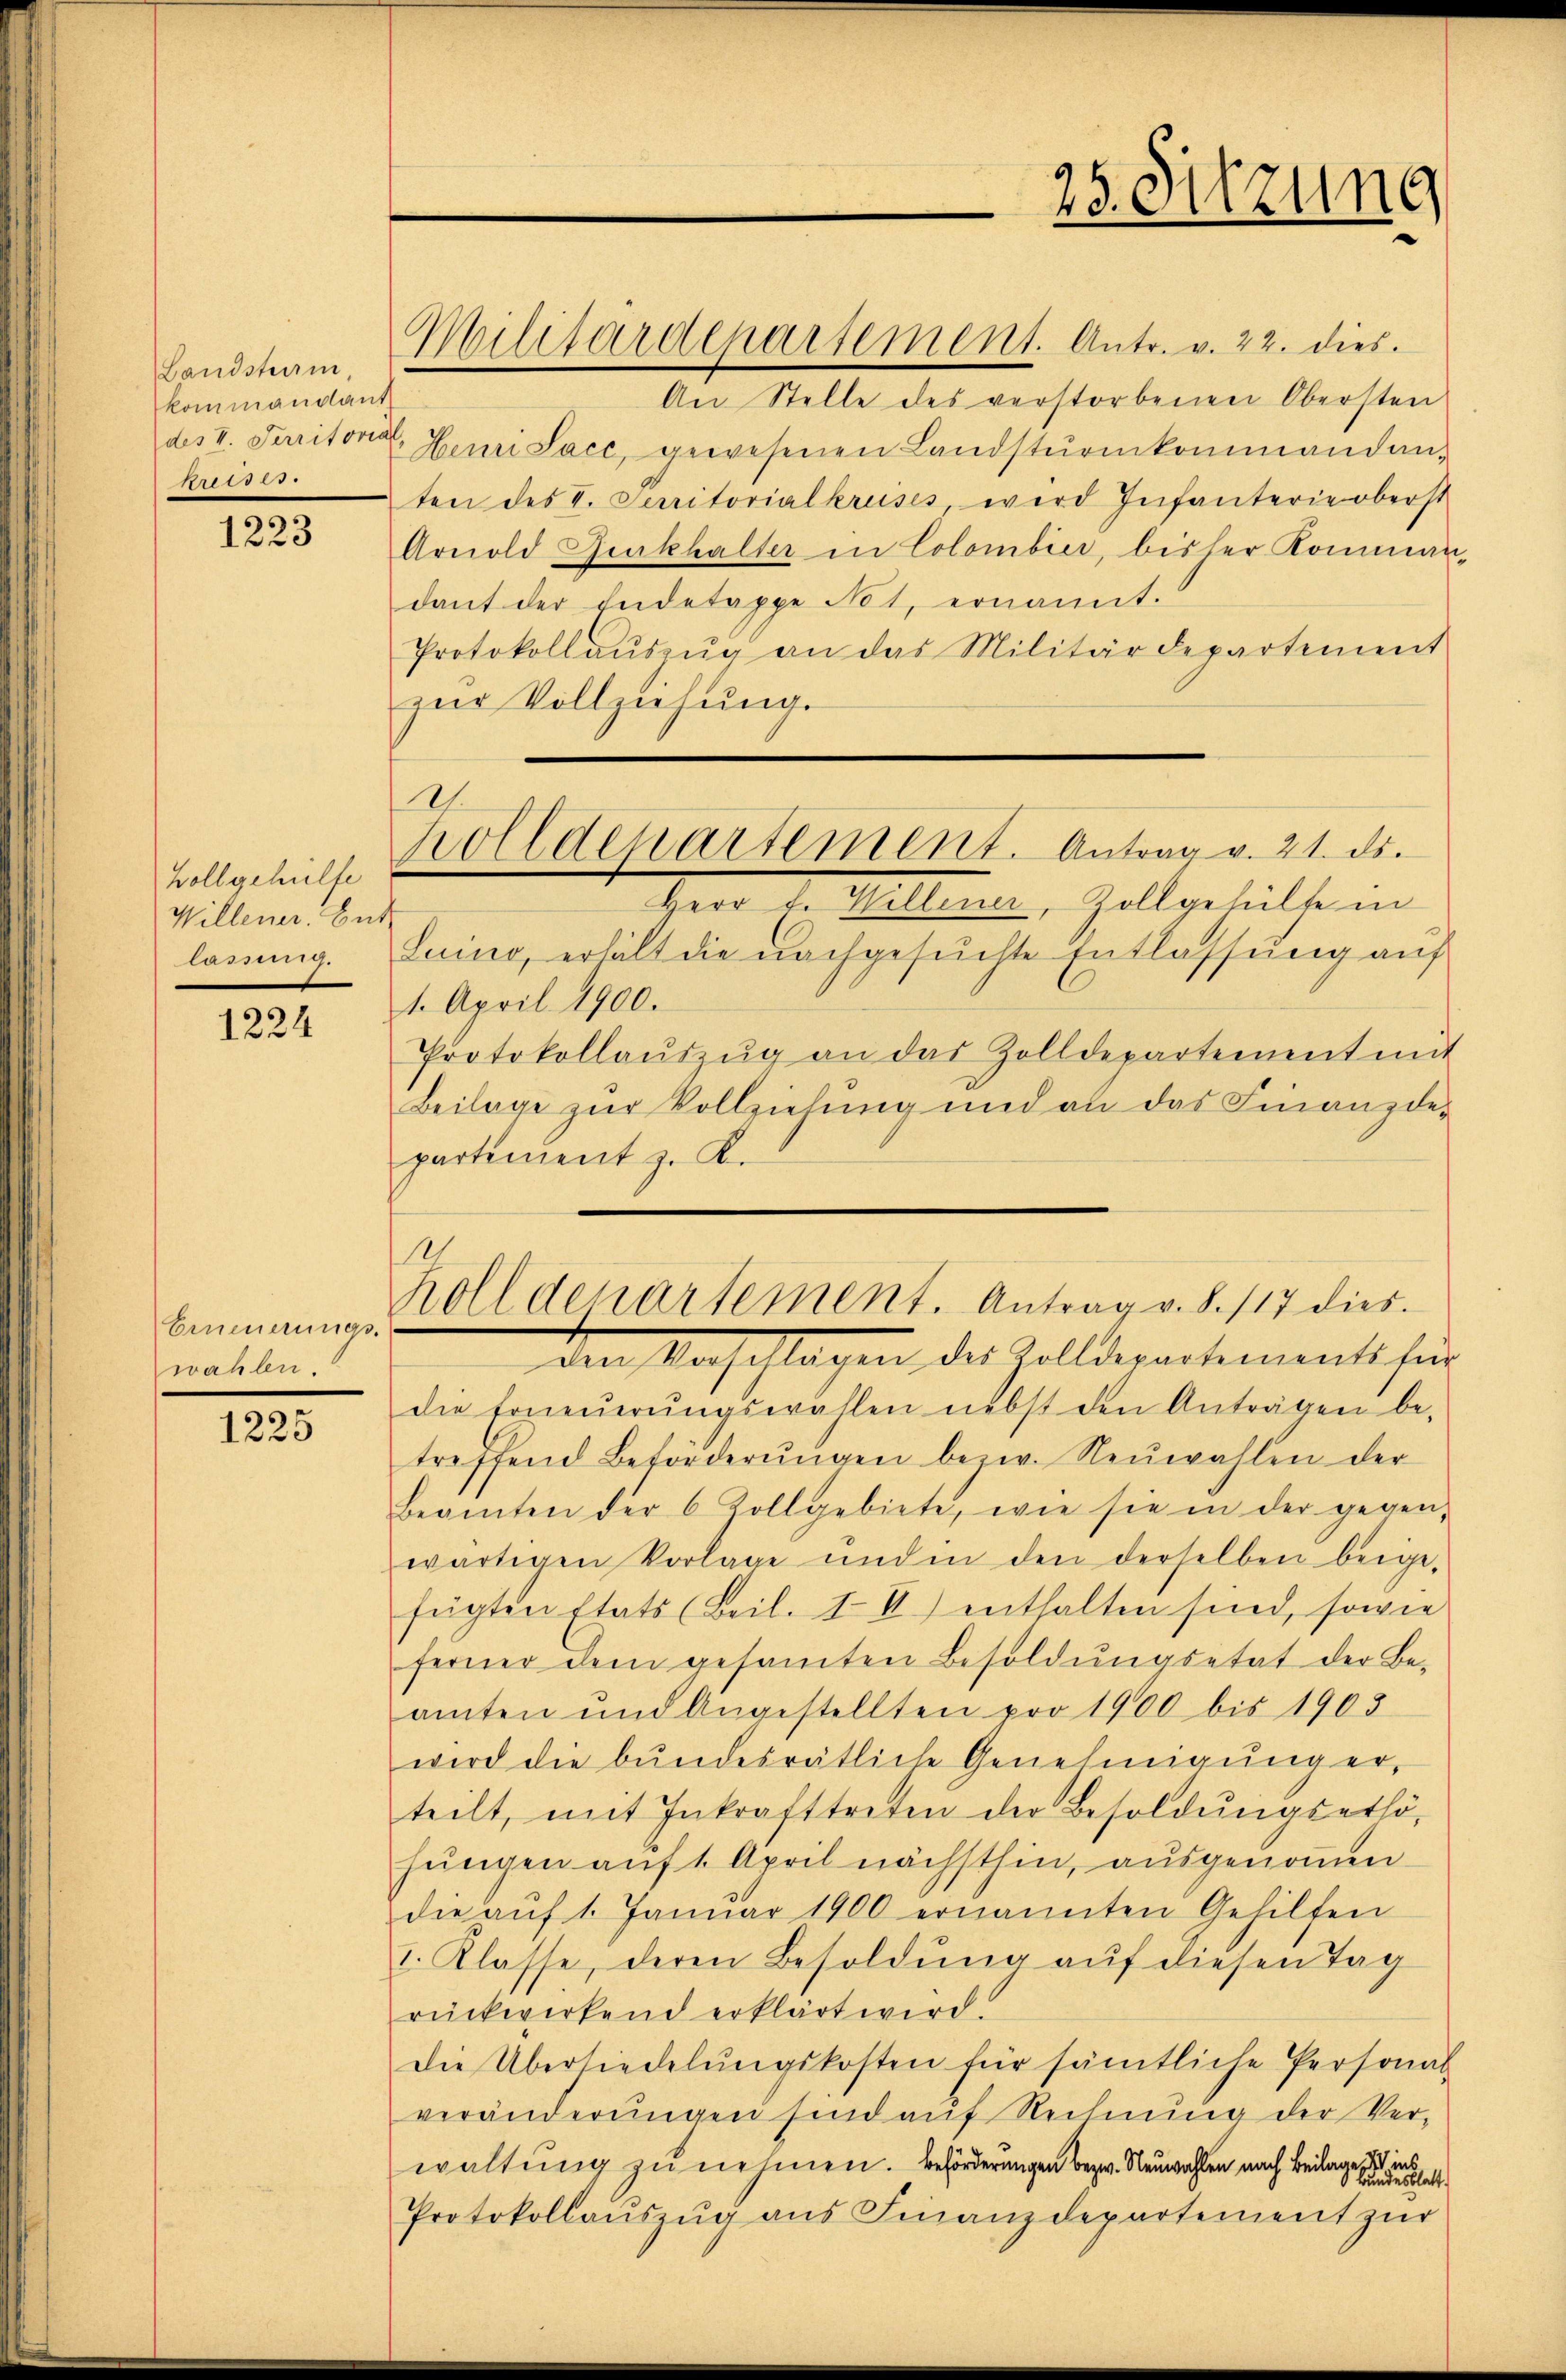
Landsturm,
kommandant
 277 f

1223

Wollgehülte
Willener. Gut
57.

1224

Erneuerungs-
wahlen.

1225

Militärdepartement. Antr. v. 22. dies

An Stelle des verstorbenen Obersten
des II. Peritoria Hemi Sacc, gewesenen Landsturmkommandan-
ten des I. Serritorialkrusés, wird Infanterie oberst
Arnold Burckhalter in Colombier, bisher Kommandant der Endetappe Not, ernannt.
Protokollaŭszŭg an das Militärdepartement
zur Vollziehung.

2.
kolldepartement. Antrag v. 21. ds.

Holldepartement. Antrag v. S. 117 dies

25. Sitzung

Heil de Mitten, Zoll geheilte in
Luino, erhält die nachgesŭchte Entlassŭng aŭf
1. April 1900.
Protokollaŭszŭg an das Zolldepartement mit
Beilage zur Vollziehung und an das Finanzdepartement z. K.

Den Nachallagen des Zolldepartements für
die Erneŭerŭngswahlen nebst den Anträgen be-
treffend Beförderŭngen bezw. Neuwahlen der
Beamten der 6 Zollgebiete, wie sie in der gegen-
wärtigen Vorlage und in den derselben beige-
fügten Etats (Beil. III) enthalten sind, sowie
ferner dem gesamten Besoldŭngsetat der Be-
amten und Angestellten pro 1900 bis 1903
wird die bundesrätliche Genehmigung er-
teilt, mit Inkrafttreten der Besoldŭngsetlö-
hŭngen auf 1. April nächsthin, ausgenoṁen.
die aŭf 1. Janŭar 1900 ernannten Gehilfen
1. Klasse, deren Besoldŭng aŭf diesen Tag
rückwirkend erklärt wird.
die Übersiedelŭngskosten für sämtliche Personal-
veränderŭngen sind auf Rechnung der Ver-
waltung zu nehmen. Beförderungen bezw. Neuwahlen nach Beilage se
Protokollauszug aus Finanzdepartement zur